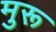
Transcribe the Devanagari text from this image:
मुरू